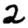
Digit: 2